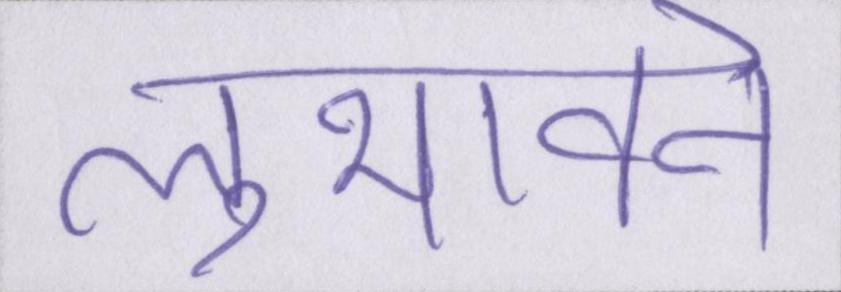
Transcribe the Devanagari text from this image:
लुभावने